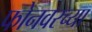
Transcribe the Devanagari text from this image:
फोनवरच्या